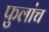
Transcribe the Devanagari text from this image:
फुलांच